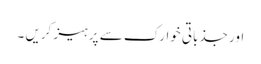
اور جذباتی خوارک سے پرہیز کریں ۔